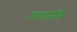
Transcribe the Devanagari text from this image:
गणतीय